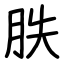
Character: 胅